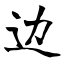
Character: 边